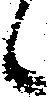
候